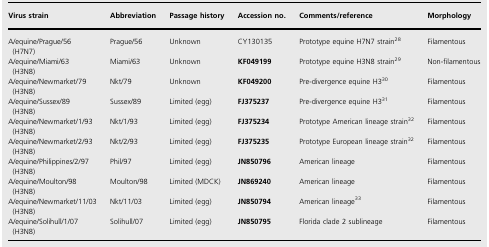
<table><thead><tr><td><b>Virus strain</b></td><td><b>Abbreviation</b></td><td><b>Passage history</b></td><td><b>Accession no.</b></td><td><b>Comments/reference</b></td><td><b>Morphology</b></td></tr></thead><tbody><tr><td>A/equine/Prague/56(H7N7)</td><td>Prague/56</td><td>Unknown</td><td>CY130135</td><td>Prototype equine H7N7 strain28</td><td>Filamentous</td></tr><tr><td>A/equine/Miami/63(H3N8)</td><td>Miami/63</td><td>Unknown</td><td><b>KF049199</b></td><td>Prototype equine H3N8 strain29</td><td>Non‐filamentous</td></tr><tr><td>A/equine/Newmarket/79(H3N8)</td><td>Nkt/79</td><td>Unknown</td><td><b>KF049200</b></td><td>Pre‐divergence equine H330</td><td>Filamentous</td></tr><tr><td>A/equine/Sussex/89(H3N8)</td><td>Sussex/89</td><td>Limited (egg)</td><td><b>FJ375237</b></td><td>Pre‐divergence equine H331</td><td>Filamentous</td></tr><tr><td>A/equine/Newmarket/1/93(H3N8)</td><td>Nkt/1/93</td><td>Limited (egg)</td><td><b>FJ375234</b></td><td>Prototype American lineage strain32</td><td>Filamentous</td></tr><tr><td>A/equine/Newmarket/2/93(H3N8)</td><td>Nkt/2/93</td><td>Limited (egg)</td><td><b>FJ375235</b></td><td>Prototype European lineage strain32</td><td>Filamentous</td></tr><tr><td>A/equine/Philippines/2/97(H3N8)</td><td>Phil/97</td><td>Limited (egg)</td><td><b>JN850796</b></td><td>American lineage</td><td>Filamentous</td></tr><tr><td>A/equine/Moulton/98(H3N8)</td><td>Moulton/98</td><td>Limited (MDCK)</td><td><b>JN869240</b></td><td>American lineage</td><td>Filamentous</td></tr><tr><td>A/equine/Newmarket/11/03(H3N8)</td><td>Nkt/11/03</td><td>Limited (egg)</td><td><b>JN850794</b></td><td>American lineage33</td><td>Filamentous</td></tr><tr><td>A/equine/Solihull/1/07(H3N8)</td><td>Solihull/07</td><td>Limited (egg)</td><td><b>JN850795</b></td><td>Florida clade 2 sublineage</td><td>Filamentous</td></tr></tbody></table>